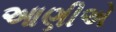
આણીએ